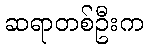
ဆရာတစ်ဦးက